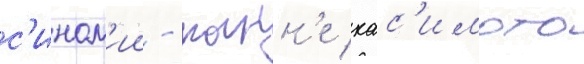
с'ином'ии - канн'е хас'имото